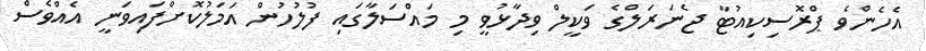
އެހެންވެ ޕްރޮސިކިއުޓާ ޖެނަރަލްގެ ވަކީލް ވިދާޅުވީ މި މައްސަލާގައި ފުލުހުން އަމަލުކޮށްފައިވަނީ އެއްވެސް